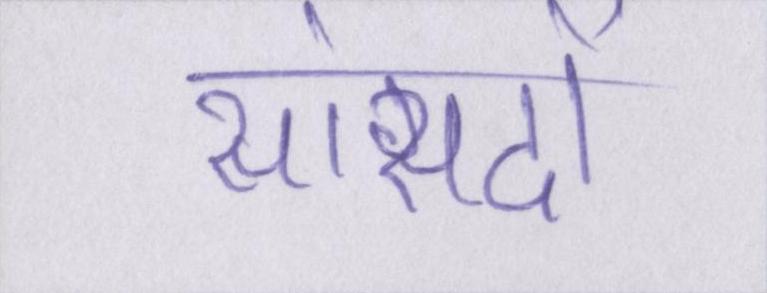
सांसदों